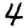
Digit: 4